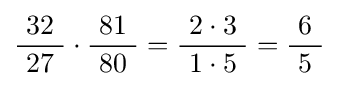
{\frac {32}{\ 27\ }}\cdot {\frac {81}{\ 80\ }}={\frac {2\cdot 3}{\ 1\cdot 5\ }}={\frac {6}{\ 5\ }}